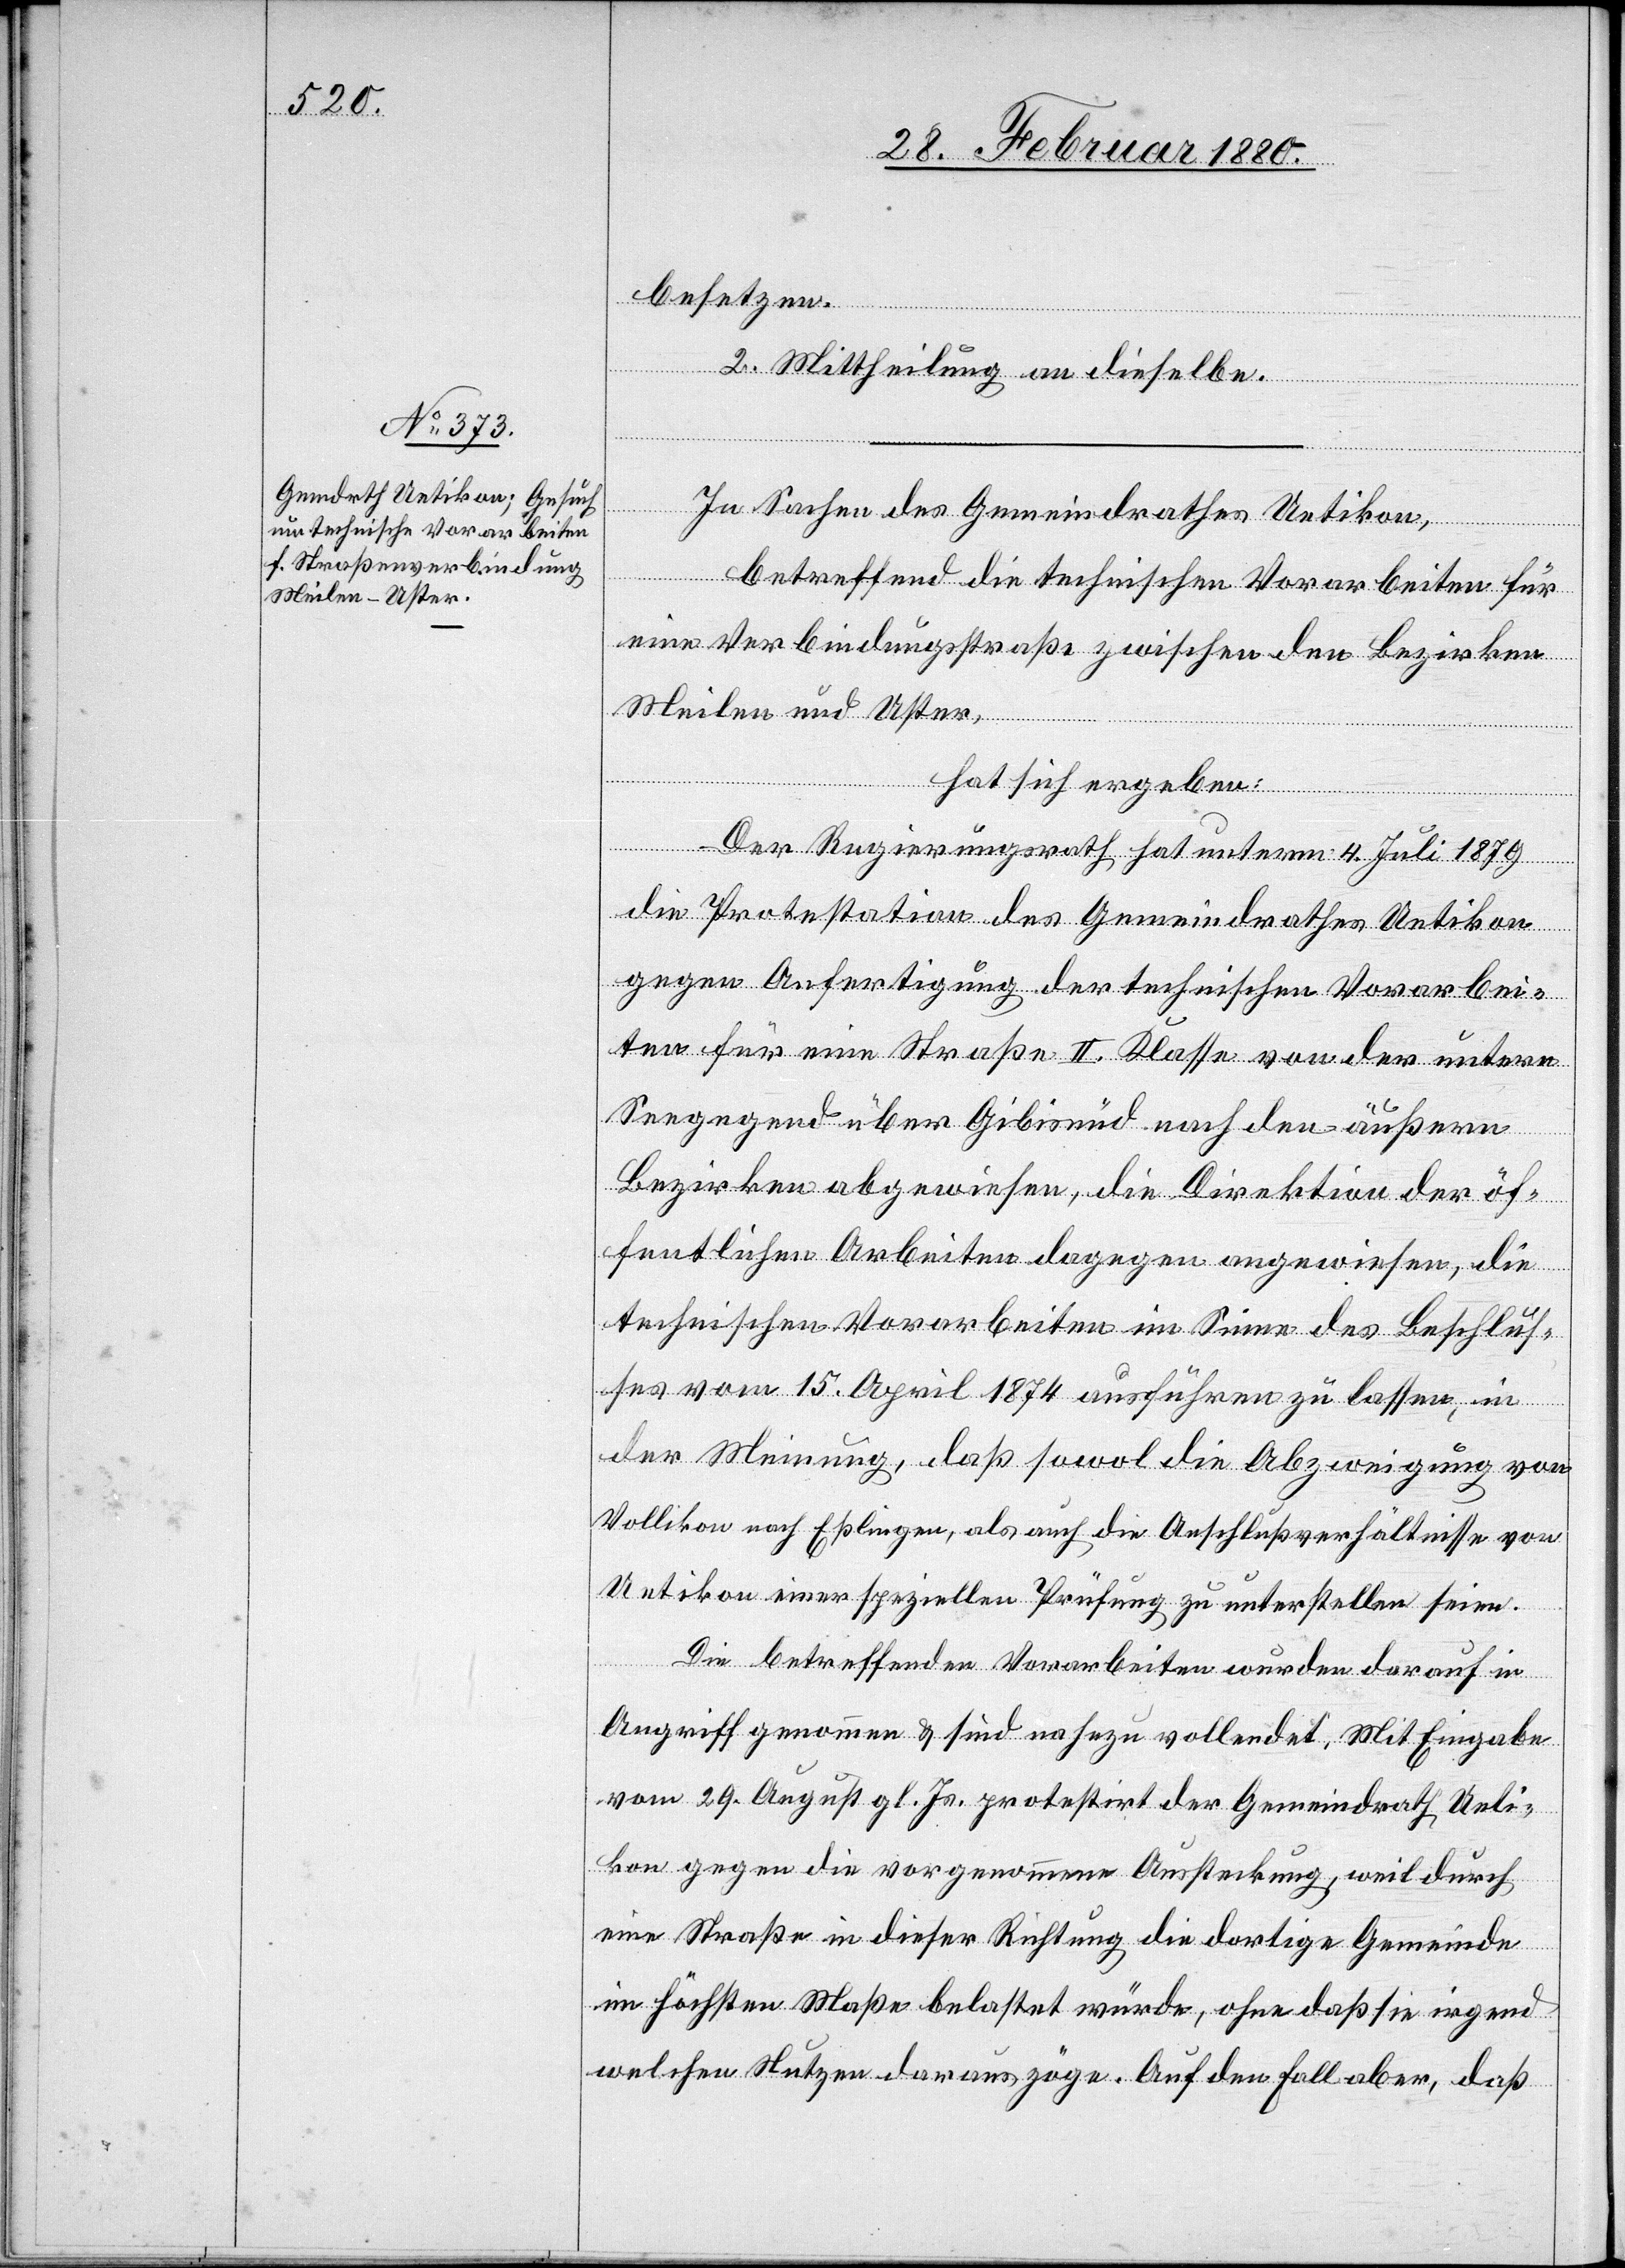
besetzen.
2. Mittheilung an dieselbe.
In Sachen des Gemeindrathes Uetikon,
betreffend die technischen Vorarbeiten für
eine Verbindungsstraße zwischen den Bezirken
Meilen und Uster,
hat sich ergeben:
Der Regierungsrath hat unterm 4. Juli 1879
die Protestation des Gemeindrathes Uetikon
gegen Anfertigung der technischen Vorarbei¬
ten für eine Straße II. Klasse von der untern
Seegegend über Gibisnüd nach den äußern
Bezirken abgewiesen, die Direktion der öf¬
fentlichen Arbeiten dagegen angewiesen, die
technischen Vorarbeiten im Sinne des Beschlus¬
ses vom 15. April 1874 ausführen zu lassen, in
der Meinung, daß sowol die Abzweigung von
Vollikon nach Eßlingen, als auch die Anschlußverhältnisse von
Uetikon einer speziellen Prüfung zu unterstellen seien.
Die betreffenden Vorarbeiten wurden darauf in
Angriff genommen & sind nahezu vollendet. Mit Eingabe
vom 29. August gl. Js. protestirt der Gemeindrath Ueli¬
kon gegen die vorgenommene Aussteckung, weil durch
eine Straße in dieser Richtung die dortige Gemeinde
im höchsten Maße belastet würde, ohne daß sie irgend
welchen Nutzen daraus zöge. Auf den Fall aber, daß